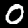
Digit: 0